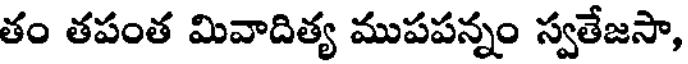
తం తపంత మివాదిత్య ముపపన్నం స్వతేజసా,